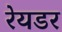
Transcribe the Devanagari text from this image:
रेयडर